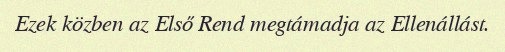
Ezek közben az Első Rend megtámadja az Ellenállást.